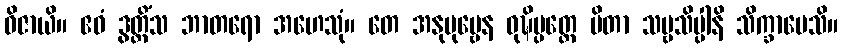
ဝိဇာယိ။ ဧဝံ ဒွတ္တိံသ ဘာတရော အဟေသုံ။ တေ အနုပုဗ္ဗေန ဝုဍ္ဎိပ္ပတ္တေ ပိတာ သဗ္ဗသိပ္ပါနိ သိက္ခာပေသိ။